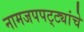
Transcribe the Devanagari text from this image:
नामजपपट्ट्यांचे